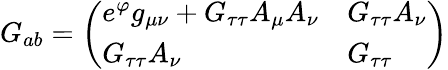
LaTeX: G_{ab}=\left(\begin{array}{ll}{{e^{\varphi}g_{\mu\nu}+G_{\tau\tau}A_{\mu}A_{\nu}}}&{{G_{\tau\tau}A_{\nu}}}\\ {{G_{\tau\tau}A_{\nu}}}&{{G_{\tau\tau}}}\end{array}\right)